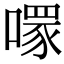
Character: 𠾪